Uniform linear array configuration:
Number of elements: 8
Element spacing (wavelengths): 0.25
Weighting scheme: binomial
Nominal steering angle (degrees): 0
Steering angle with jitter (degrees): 1.508
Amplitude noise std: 0.05
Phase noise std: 0.05

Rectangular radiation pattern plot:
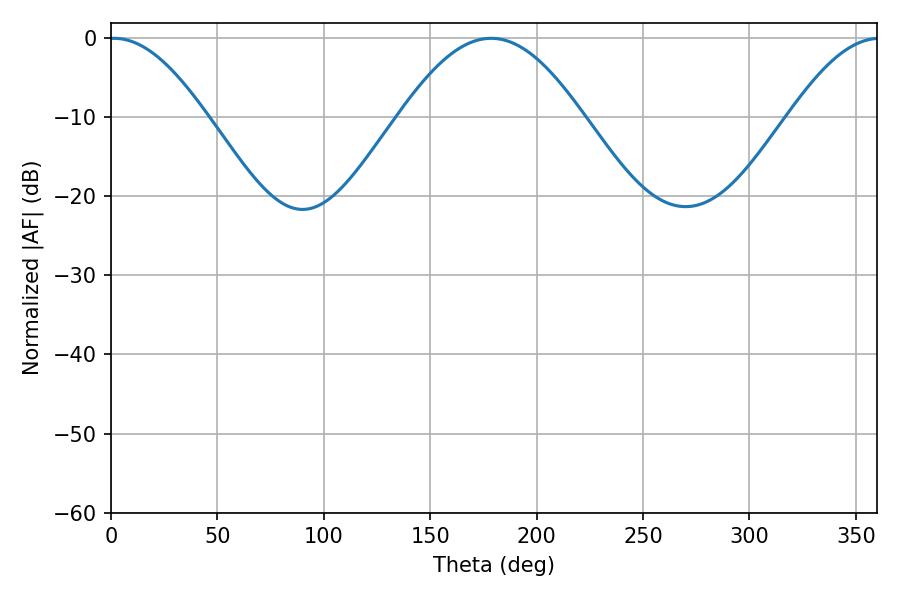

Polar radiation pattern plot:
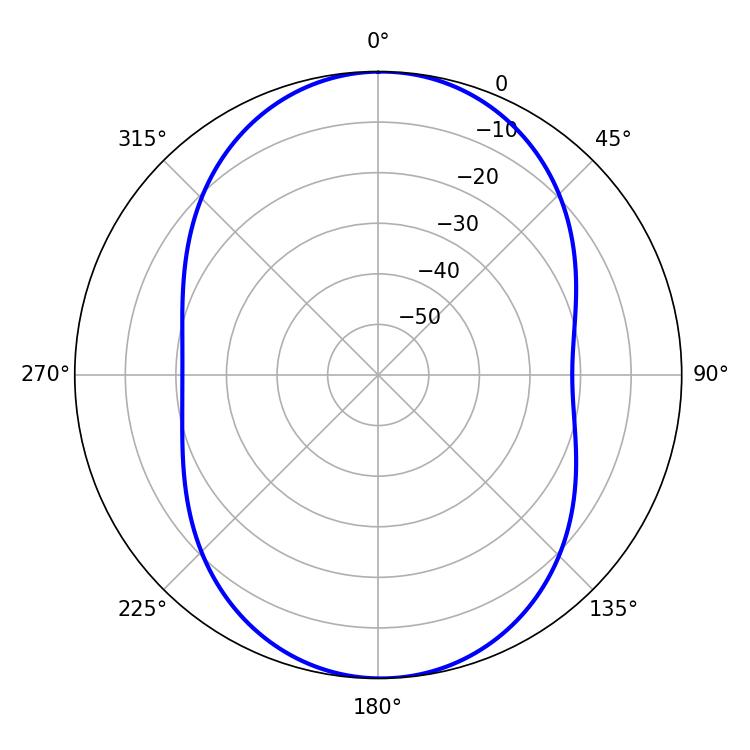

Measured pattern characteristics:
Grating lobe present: FALSE
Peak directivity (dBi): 16.918
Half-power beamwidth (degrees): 24.66
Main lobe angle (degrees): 1.44